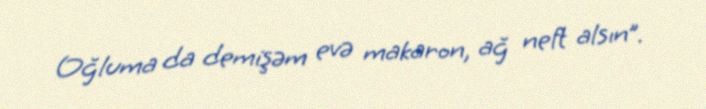
Oğluma da demişəm evə makaron, ağ neft alsın”.